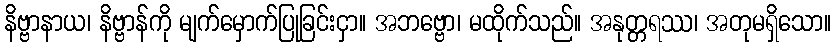
နိဗ္ဗာနာယ၊ နိဗ္ဗာန်ကို မျက်မှောက်ပြုခြင်းငှာ။ အဘဗ္ဗော၊ မထိုက်သည်။ အနုတ္တရဿ၊ အတုမရှိသော။